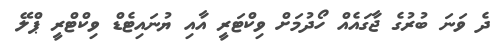
ދެ ވަނަ ބުރުގެ ޖާގައެއް ހޯދުމަށް ވިކްޓަރީ އާއި ޔުނައިޓެޑް ވިކްޓްރީ ޕްލޭ